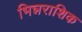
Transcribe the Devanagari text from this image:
भिन्नराशिक